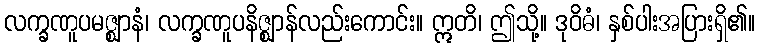
လက္ခဏူပမဇ္ဈာနံ၊ လက္ခဏူပနိဇ္ဈာန်လည်းကောင်း။ ဣတိ၊ ဤသို့။ ဒုဝိဓံ၊ နှစ်ပါးအပြားရှိ၏။